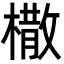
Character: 橵